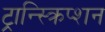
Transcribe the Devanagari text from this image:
ट्रान्स्क्रिप्शन